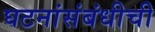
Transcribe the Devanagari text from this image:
घटनांसंबंधीची